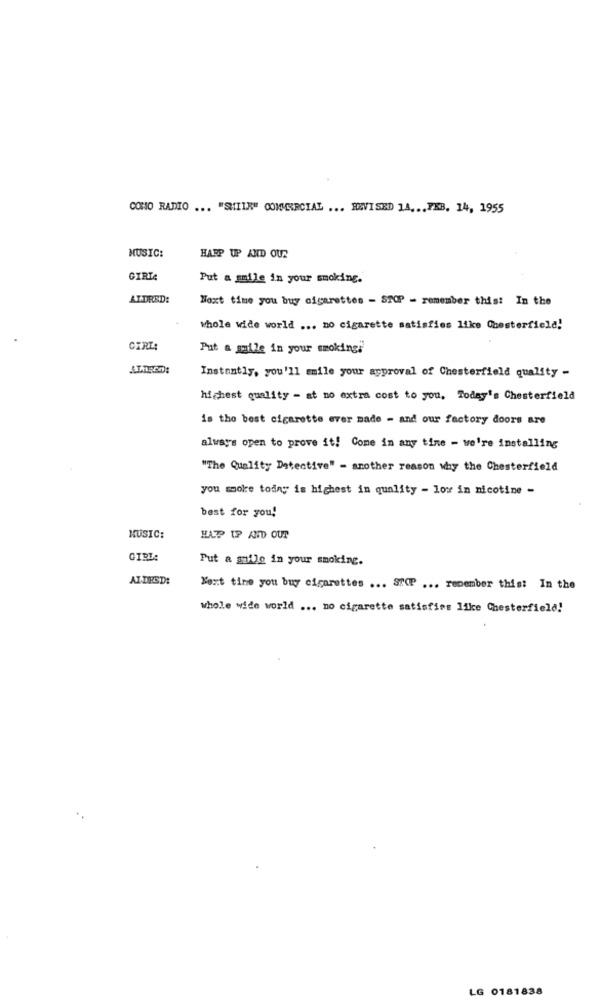
COMO RADIO ... "SHIIR" COMMERCIAL ... REVISED LA ... FEB. 14, 1955
MUSIC:
HARP UP AND OUR
GIRTe
Put a smile in your smoking.
ALDRED:
Noxt time you buy cigarettes - STOP - remember this: In the
whole wide world ... no cigarette satisfies like Chesterfield!
GIRL:
Put a smile in your smoking;
Instantly, you'll emile your approval of Chesterfield quality -
highest quality - at no extra cost to you, Today's Chesterfield
is the best cigarette ever made - and our factory doors are
always open to prove it! Come in any tine - we're installing
"The Quality Detective" - another reason why the Chesterfield
you smoke today is highest in quality - low in nicotine -
best for you!
MUSIC:
HAPP UP AND OUT
Put a smile in your smoking.
ALDRED:
Next tine you buy cigarettes ... STOP ... remember this: In the
whole wide world ... no cigarette satisfies like Chesterfield!
LG 0181838